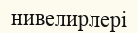
нивелирлері